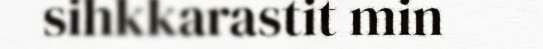
sihkkarastit min